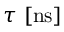
\tau \ [ \mathrm { n s } ]